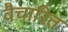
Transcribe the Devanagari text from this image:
वैचारित